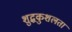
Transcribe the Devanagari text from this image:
शुद्धकुशलता